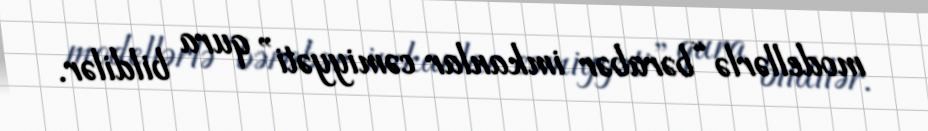
modellərlə “bərabər imkanlar cəmiyyəti” qura bildilər.